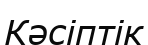
Кәсіптік